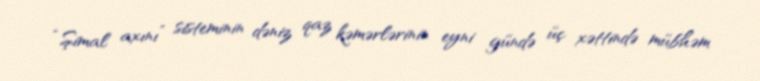
“Şimal axını” sisteminin dəniz qaz kəmərlərinin eyni gündə üç xəttində mübhəm